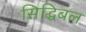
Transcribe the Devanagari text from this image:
सिद्धिबल